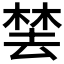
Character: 𬃚